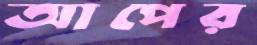
আপের